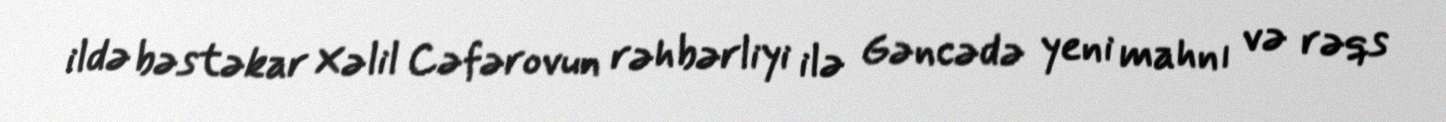
ildə bəstəkar Xəlil Cəfərovun rəhbərliyi ilə Gəncədə yeni mahnı və rəqs